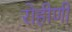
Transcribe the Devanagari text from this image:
रोहीणी